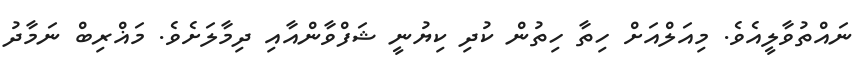
ނައްތުވާލީއެވެ. މިއަލްއަށް ހިތާ ހިތުން ކުދި ކިޔުނީ ޝަފްވާންއާއި ދިމާލަށެވެ. މަޣްރިބް ނަމާދު